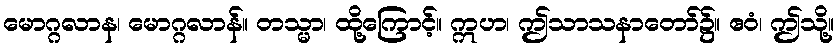
မောဂ္ဂလာန၊ မောဂ္ဂလာန်။ တသ္မာ၊ ထို့ကြောင့်။ ဣဟ၊ ဤသာသနာတော်၌။ ဧဝံ၊ ဤသို့။